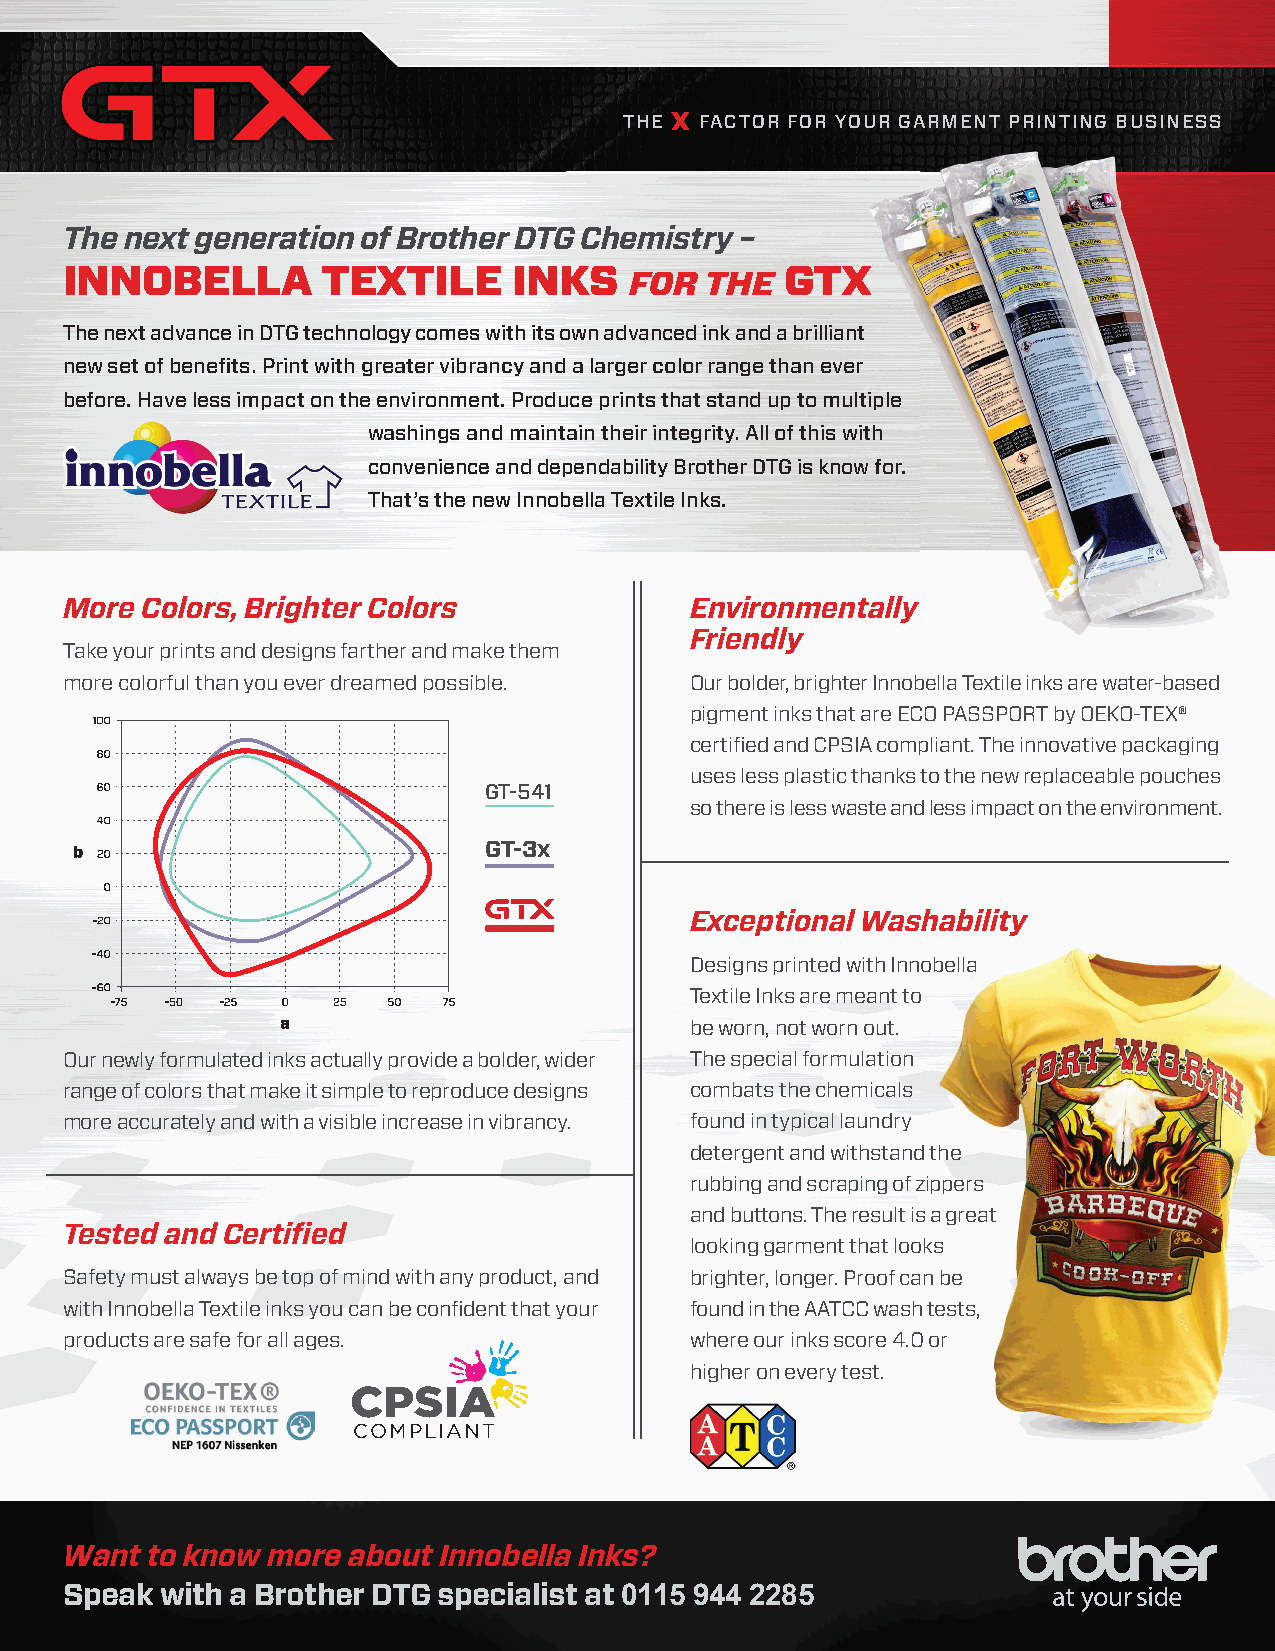
THE X FACTOR FOR YOUR GARMENT PRINTING BUSINESS
 The next generation of Brother DTG Chemistry –
 INNOBELLA        TEXTILE      INKS    FOR  THE  GTX
 The next advance in DTG technology comes with its own advanced ink and a brilliant
 new set of benefi ts. Print with greater vibrancy and a larger color range than ever
 before. Have less impact on the environment. Produce prints that stand up to multiple
 washings and maintain their integrity. All of this with
 convenience and dependability Brother DTG is know for.
 That’s the new Innobella Textile Inks.
 More Colors, Brighter Colors              Environmentally
 Friendly
 Take your prints and designs farther and make them
 more colorful than you ever dreamed possible. Our bolder, brighter Innobella Textile inks are water-based
 pigment inks that are ECO PASSPORT by OEKO-TEX®
 certifi ed and CPSIA compliant. The innovative packaging
 uses less plastic thanks to the new replaceable pouches
 GT-541
 so there is less waste and less impact on the environment.
 GT-3x
 Exceptional Washability
 Designs printed with Innobella
 Textile Inks are meant to
 be worn, not worn out.
 Our newly formulated inks actually provide a bolder, wider The special formulation
 range of colors that make it simple to reproduce designs combats the chemicals
 more accurately and with a visible increase in vibrancy. found in typical laundry
 detergent and withstand the
 rubbing and scraping of zippers
 and buttons. The result is a great
 Tested and Certifi ed
 looking garment that looks
 Safety must always be top of mind with any product, and brighter, longer. Proof can be
 with Innobella Textile inks you can be confi dent that your found in the AATCC wash tests,
 products are safe for all ages.           where our inks score 4.0 or
 higher on every test.
 CPSIA
 COMPLIANT
 Want  to know more about Innobella Inks?
 Speak  with a Brother DTG specialist at 0115 944 2285